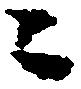
ニ